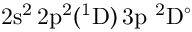
\mathrm { 2 s ^ { 2 } \, 2 p ^ { 2 } ( ^ { 1 } D ) \, 3 p ~ ^ { 2 } D ^ { \circ } }